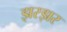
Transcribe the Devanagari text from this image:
झरझर